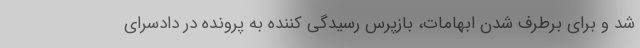
شد و برای برطرف شدن ابهامات، بازپرس رسیدگی کننده به پرونده در دادسرای